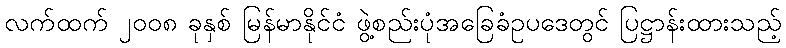
လက်ထက် ၂၀၀၈ ခုနှစ် မြန်မာနိုင်ငံ ဖွဲ့စည်းပုံအခြေခံဥပဒေတွင် ပြဋ္ဌာန်းထားသည့်